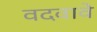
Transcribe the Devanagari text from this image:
वदवावे